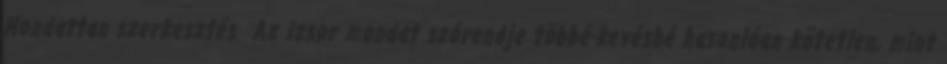
Mondattan szerkesztés Az izsor mondat szórendje többé-kevésbé hasonlóan kötetlen, mint